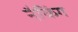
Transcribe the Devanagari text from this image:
नैकिंग